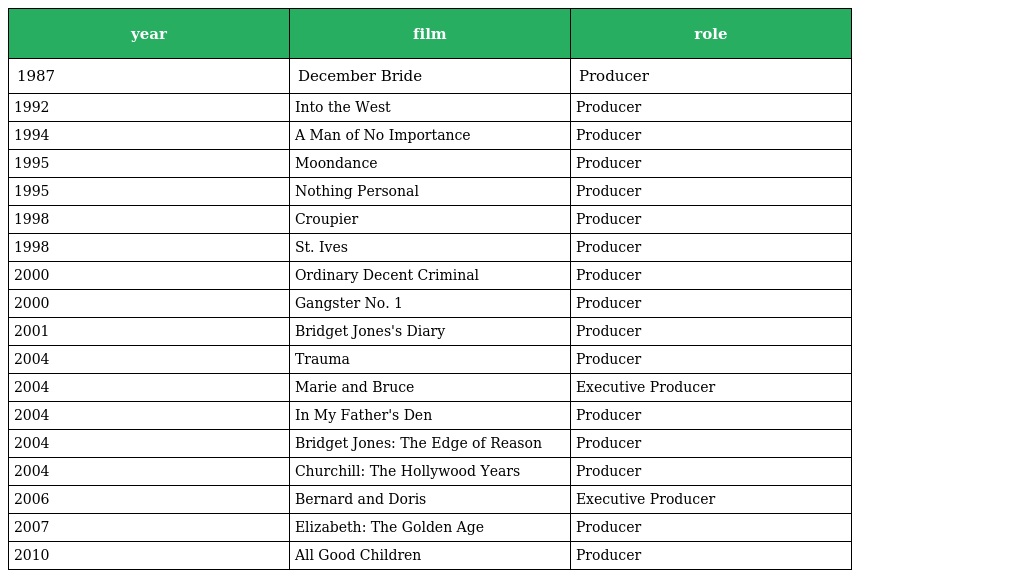
| year | film | role |
 | --- | --- | --- |
 | 1987 | December Bride | Producer |
 | 1992 | Into the West | Producer |
 | 1994 | A Man of No Importance | Producer |
 | 1995 | Moondance | Producer |
 | 1995 | Nothing Personal | Producer |
 | 1998 | Croupier | Producer |
 | 1998 | St. Ives | Producer |
 | 2000 | Ordinary Decent Criminal | Producer |
 | 2000 | Gangster No. 1 | Producer |
 | 2001 | Bridget Jones's Diary | Producer |
 | 2004 | Trauma | Producer |
 | 2004 | Marie and Bruce | Executive Producer |
 | 2004 | In My Father's Den | Producer |
 | 2004 | Bridget Jones: The Edge of Reason | Producer |
 | 2004 | Churchill: The Hollywood Years | Producer |
 | 2006 | Bernard and Doris | Executive Producer |
 | 2007 | Elizabeth: The Golden Age | Producer |
 | 2010 | All Good Children | Producer |